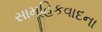
સામૂહિકવાદના